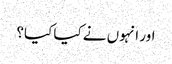
اور انہوں نے کیا کیا؟